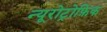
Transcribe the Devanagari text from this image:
न्यूरोट्रोफ़िक